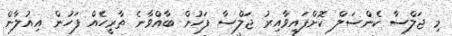
މި ޖަލްސާ ކެންސަލް ކޮށްފައިވާއިރު ޖަލްސާ ފަހުން ބާއްވާނެ ތާރީހެއް ފަހުން އިއުލާން